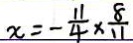
x = - \frac { 1 1 } { 4 } \times \frac { 8 } { 1 1 }